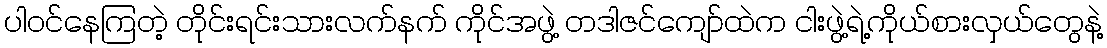
ပါဝင်နေကြတဲ့ တိုင်းရင်းသားလက်နက် ကိုင်အဖွဲ့ တဒါဇင်ကျော်ထဲက ငါးဖွဲ့ရဲ့ကိုယ်စားလှယ်တွေနဲ့